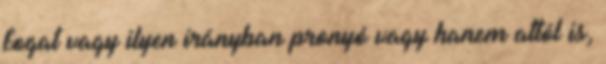
fogat vagy ilyen irányban pronyó vagy hanem attól is,